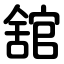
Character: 舘